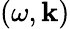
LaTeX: \left(\omega,\mathbf{k}\right)